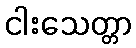
ငါးသေတ္တာ